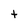
Character: t